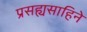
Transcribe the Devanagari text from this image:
प्रसह्यसाहिने